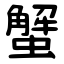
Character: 蟹